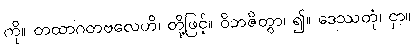
ကို။ တထာဂတဗလေဟိ၊ တို့ဖြင့်။ ဝိဘဇိတွာ၊ ၍။ ဒေဿတုံ၊ ငှာ။